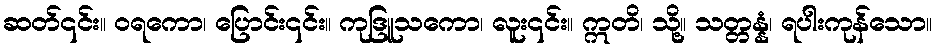
ဆတ်၎င်း။ ဝရကော၊ ပြောင်း၎င်း။ ကုဒြူသကော၊ လူး၎င်း။ ဣတိ၊ သို့။ သတ္တန္နံ၊ ရပါးကုန်သော။